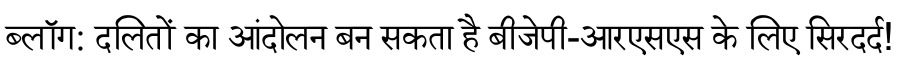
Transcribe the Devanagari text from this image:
ब्लॉग: दलितों का आंदोलन बन सकता है बीजेपी-आरएसएस के लिए सिरदर्द!